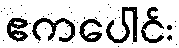
ဧကပေါင်း